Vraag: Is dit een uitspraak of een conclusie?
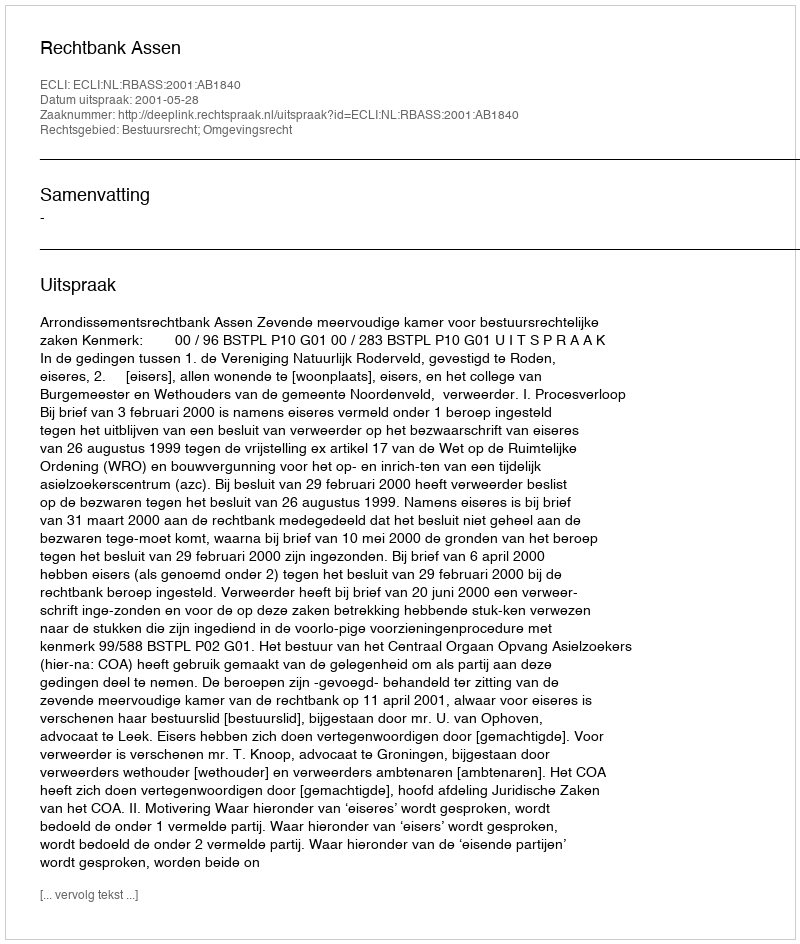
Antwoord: Uitspraak